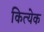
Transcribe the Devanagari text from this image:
कित्‍येक